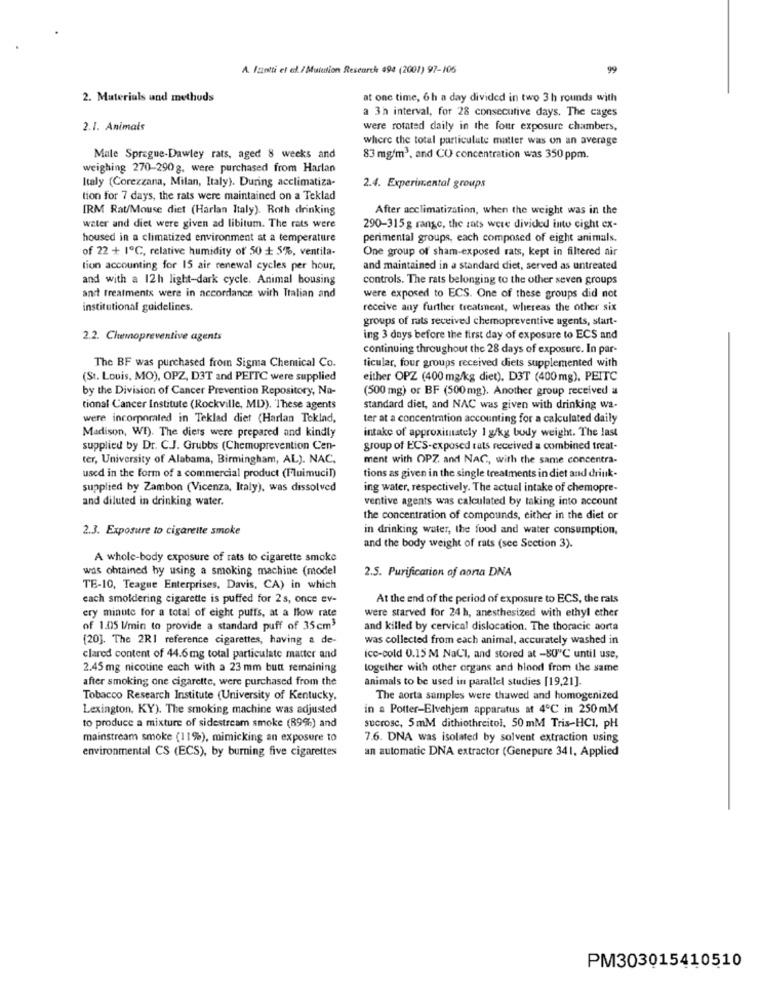
A. Izzotti et al./ Mutation Research 494 (2001) 97-106
99
2. Materials und methods
at one time, 6h a day divided in two 3 h rounds with
a 3h interval, for 28 consecutive days. The cages
2.1. Animals
were rotated daily in the four exposure chambers,
where the total particulate matter was on an average
Male Sprague-Dawley rats, aged 8 weeks and
83 mg/m3, and CO concentration was 350 ppm.
weighing 270-290g. were purchased from Harlan
Italy (Corezzana, Milan, Italy). During acclimatiza-
2.4. Experimental groups
tion for 7 days, the rats were maintained on a Teklad
IRM Rat/Mouse diet (Harlan Italy). Roth drinking
After acclimatization, when the weight was in the
water and diet were given ad libitum. The rats were
290-315 g range, the rats were divided into cight ex-
housed in a climatized environment at a temperature
perimental groups, each composed of eight animals.
of 22 + 1℃, relative humidity of 50 + 5%, ventila-
One group of sham-exposed rats, kept in filtered air
tion accounting for 15 air renewal cycles per hour,
and maintained in a standard diet, served as untreated
and with a 12h light-dark cycle. Animal housing
controls. The rats belonging to the other seven groups
and treatments were in accordance with Italian and
were exposed to ECS. One of these groups did not
institutional guidelines.
receive any further treatment, whereas the other six
groups of rats received chemopreventive agents, start-
2.2. Chemopreventive agents
ing 3 days before the first day of exposure to ECS and
continuing throughout the 28 days of exposure. In par-
The BF was purchased from Sigma Chemical Co.
ticular, four groups received diets supplemented with
(St. Louis, MO), OPZ, D3T and PEITC were supplied
either OPZ (400 mg/kg diet), D3T (400 mg), PEITC
by the Division of Cancer Prevention Repository, Na-
(500 mg) or BF (500mg). Another group received a
tional Cancer Institute (Rockville, MD). These agents
standard diet, and NAC was given with drinking wa-
were incorporated in Teklad diet (Harlan Teklad,
ter at a concentration accounting for a calculated daily
intake of approximately 1 g/kg body weight. The last
Madison, WE). The diers were prepared and kindly
supplied by Dr. C.J. Grubbs (Chemoprevention Cen-
group of ECS-exposed tats received a combined treat-
ter, University of Alabama, Birmingham, AL). NAC.
ment with OPZ. and NAC, with the same concentra-
used in the form of a commercial product (Fluimucil)
tions as given in the single treatments in diet and drink.
supplied by Zambon (Vicenza, Italy), was dissolved
ing water, respectively. The actual intake of chemopre-
and diluted in drinking water.
ventive agents was calculated by taking into account
the concentration of compounds, either in the diet or
2.3. Exposure to cigarette smoke
in drinking water, the food and water consumption,
and the body weight of rats (see Section 3).
A whole-body exposure of rats to cigarette smoke
was obtained by using a smoking machine (model
2.5. Purification of aona DNA
TE-10, Teague Enterprises, Davis, CA) in which
each smoldering cigarette is puffed for 2s, once ev-
At the end of the period of exposure to ECS, the rats
ery minute for a total of eight putts, at a flow rate
were starved for 24 h, anesthesized with ethyl ether
of 1.05 l/min to provide a standard puff of 35cm3
and killed by cervical dislocation. The thoracic aorta
[20]. The 2R1 reference cigarettes, having a de-
was collected from each animal, accurately washed in
clared content of 44.6mg total particulate matter and
ice-cold 0.15 M NaCl, and stored at -80℃ until use,
2.45 mg nicotine each with a 23 mm butt remaining
together with other organs and blood from the same
after smoking one cigarette, were purchased from the
animals to be used in parallel studies [19,21].
Tobacco Research Institute (University of Kentucky,
The aorta samples were thawed and homogenized
Lexington, KY). The smoking machine was adjusted
in a Potter-Elvehjem apparatus at 4℃ in 250mM
to produce a mixture of sidestream smoke (89%) and
sucrose, 5mM dithiothreitol, 50 mM Tris-HCI, pH
mainstream smoke (11%), mimicking an exposure to
7.6. DNA was isolated by solvent extraction using
environmental CS (ECS), by burning five cigarettes
an automatic DNA extractor (Genepure 341, Applied
PM303015410510